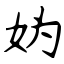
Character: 妫